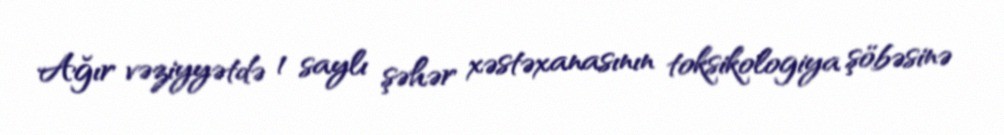
Ağır vəziyyətdə 1 saylı şəhər xəstəxanasının toksikologiya şöbəsinə